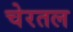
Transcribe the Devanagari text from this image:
चेरतल